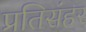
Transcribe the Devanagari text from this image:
प्रतिसंहर